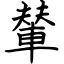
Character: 輦